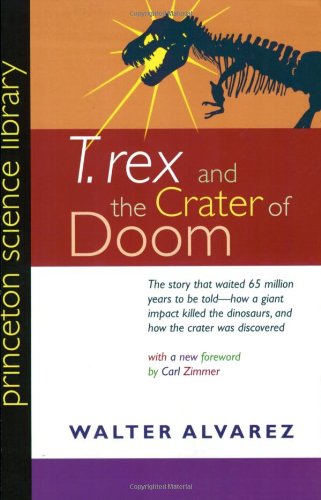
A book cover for "T. rex" and the Crater of Doom (Princeton Science Library); Walter Alvarez; Science & Math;